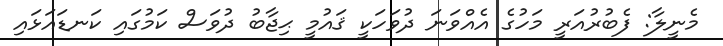
މެނީލާ: ފެބުރުއަރީ މަހުގެ އެއްވަނަ ދުވަހަކީ ޤައުމީ ޙިޖާބު ދުވަސް ކަމުގައި ކަނޑައަޅައި